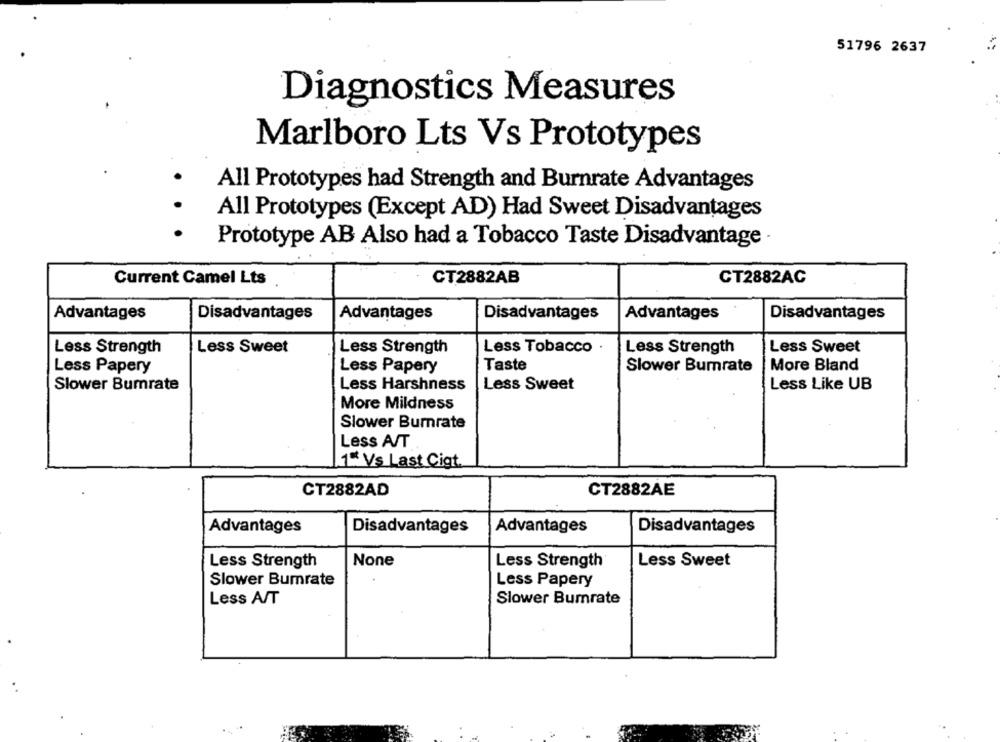
51796 2637
Diagnostics Measures
Marlboro Lts Vs Prototypes
All Prototypes had Strength and Burnrate Advantages
All Prototypes (Except AD) Had Sweet Disadvantages
Prototype AB Also had a Tobacco Taste Disadvantage ·
Current Camel Lts
CT2882AB
CT2882AC
Advantages
Disadvantages
Advantages
Disadvantages
Advantages
Disadvantages
Less Strength
Less Sweet
Less Strength
Less Sweet
Less Tobacco .
Less Strength
Less Papery
Less Papery
Taste
Slower Bumrate
More Bland
Slower Bumrate
Less Sweet
Less Like UB
Less Harshness
More Mildness
Slower Burrate
Less A/T
1% Vs Last Cigt.
CT2882AD
CT2882AE
Advantages
Disadvantages
Advantages
Disadvantages
Less Strength
Less Strength
Less Sweet
Slower Bumrate
Less Papery
Less A/T
Slower Bumrate